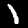
Label: 1